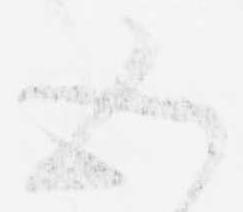
五